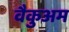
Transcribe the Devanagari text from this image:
वैकुअम